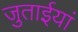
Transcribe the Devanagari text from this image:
जुताईयां